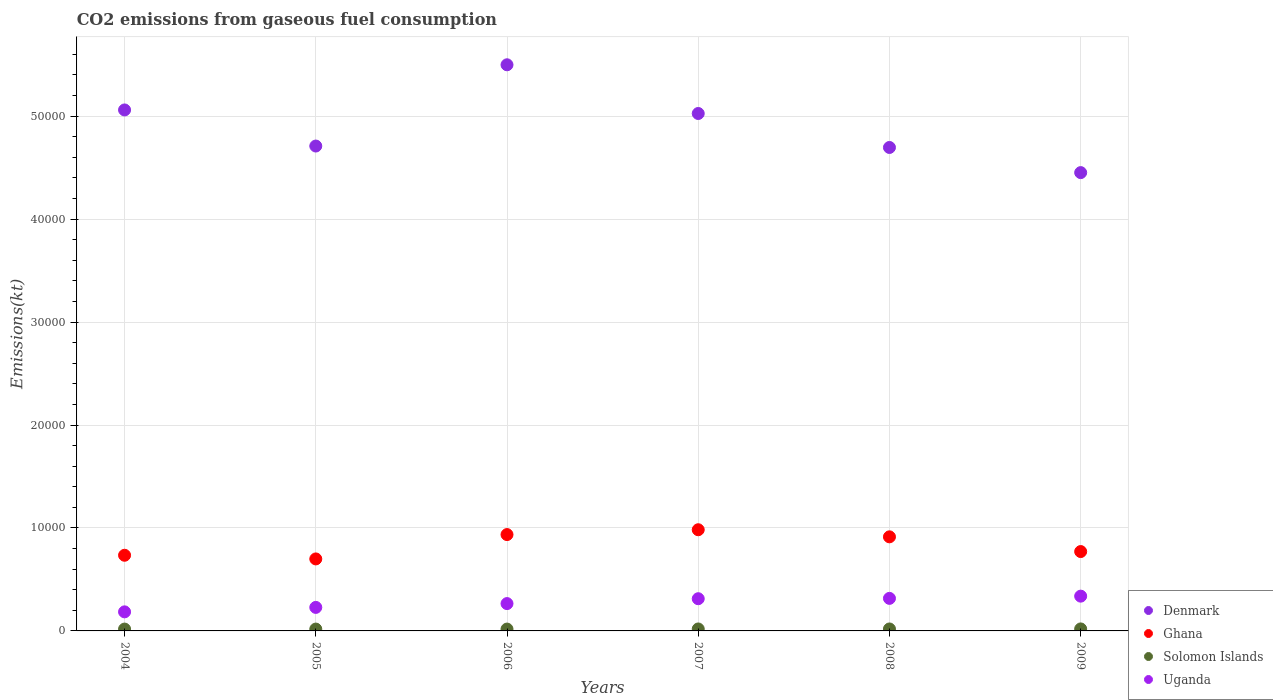
| Years | Denmark | Ghana | Solomon Islands | Uganda |
 | --- | --- | --- | --- | --- |
 | 2004 | 5.06e+04 | 7.35e+03 | 180 | 1.85e+03 |
 | 2005 | 4.71e+04 | 6.99e+03 | 180 | 2.28e+03 |
 | 2006 | 5.5e+04 | 9.36e+03 | 180 | 2.65e+03 |
 | 2007 | 5.03e+04 | 9.83e+03 | 191 | 3.13e+03 |
 | 2008 | 4.7e+04 | 9.14e+03 | 191 | 3.16e+03 |
 | 2009 | 4.45e+04 | 7.71e+03 | 194 | 3.38e+03 |